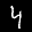
Label: 4